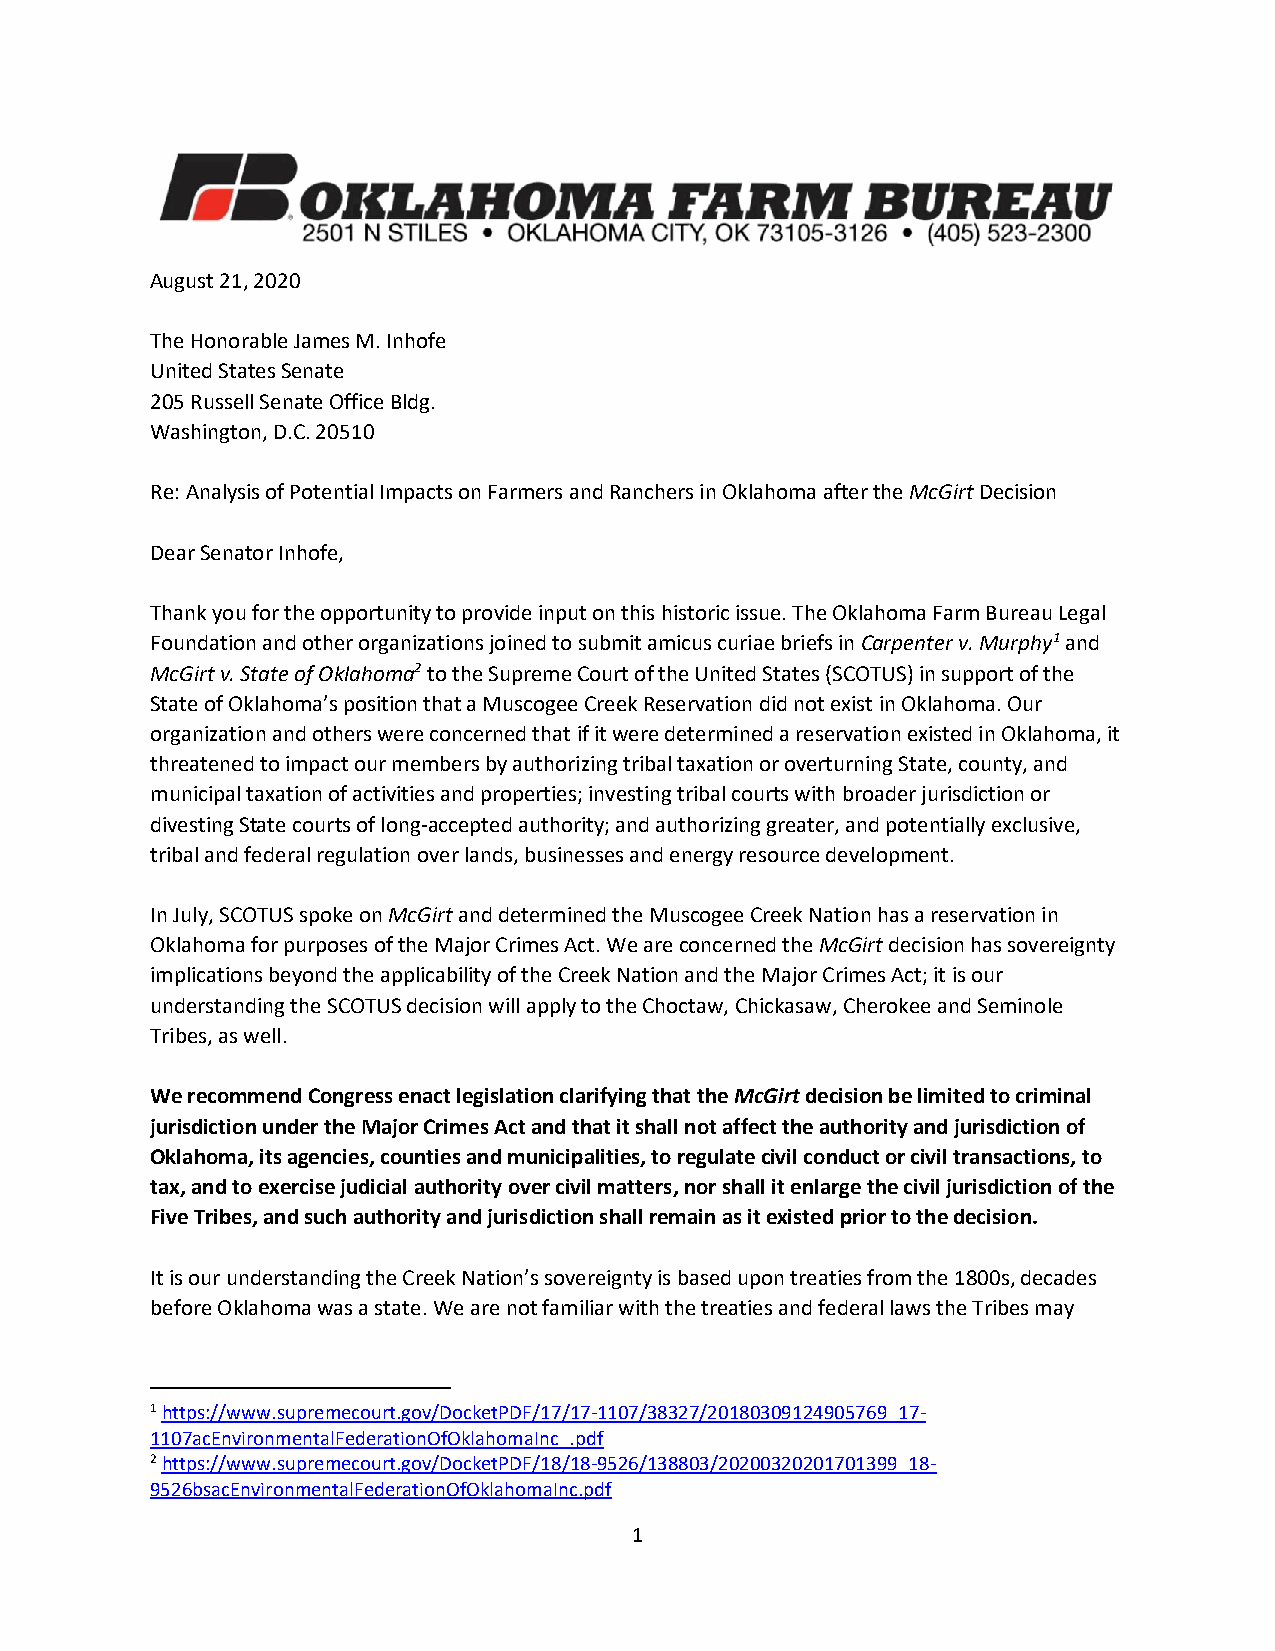
August 21, 2020
 The Honorable James M. Inhofe
 United States Senate
 205 Russell Senate Office Bldg.
 Washington, D.C. 20510
 Re: Analysis of Potential Impacts on Farmers and Ranchers in Oklahoma after the McGirt Decision
 Dear Senator Inhofe,
 Thank you for the opportunity to provide input on this historic issue. The Oklahoma Farm Bureau Legal
 Foundation and other organizations joined to submit amicus curiae briefs in Carpenter v. Murphy1 and
 McGirt v. State of Oklahoma2 to the Supreme Court of the United States (SCOTUS) in support of the
 State of Oklahoma’s position that a Muscogee Creek Reservation did not exist in Oklahoma. Our
 organization and others were concerned that if it were determined a reservation existed in Oklahoma, it
 threatened to impact our members by authorizing tribal taxation or overturning State, county, and
 municipal taxation of activities and properties; investing tribal courts with broader jurisdiction or
 divesting State courts of long-accepted authority; and authorizing greater, and potentially exclusive,
 tribal and federal regulation over lands, businesses and energy resource development.
 In July, SCOTUS spoke on McGirt and determined the Muscogee Creek Nation has a reservation in
 Oklahoma for purposes of the Major Crimes Act. We are concerned the McGirt decision has sovereignty
 implications beyond the applicability of the Creek Nation and the Major Crimes Act; it is our
 understanding the SCOTUS decision will apply to the Choctaw, Chickasaw, Cherokee and Seminole
 Tribes, as well.
 We recommend Congress enact legislation clarifying that the McGirt decision be limited to criminal
 jurisdiction under the Major Crimes Act and that it shall not affect the authority and jurisdiction of
 Oklahoma, its agencies, counties and municipalities, to regulate civil conduct or civil transactions, to
 tax, and to exercise judicial authority over civil matters, nor shall it enlarge the civil jurisdiction of the
 Five Tribes, and such authority and jurisdiction shall remain as it existed prior to the decision.
 It is our understanding the Creek Nation’s sovereignty is based upon treaties from the 1800s, decades
 before Oklahoma was a state. We are not familiar with the treaties and federal laws the Tribes may
 1 https://www.supremecourt.gov/DocketPDF/17/17-1107/38327/20180309124905769_17-
 1107acEnvironmentalFederationOfOklahomaInc_.pdf
 2 https://www.supremecourt.gov/DocketPDF/18/18-9526/138803/20200320201701399_18-
 9526bsacEnvironmentalFederationOfOklahomaInc.pdf
 1